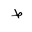
Letter: _da